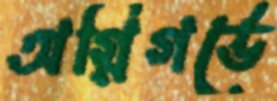
অগ্নিগর্ভে